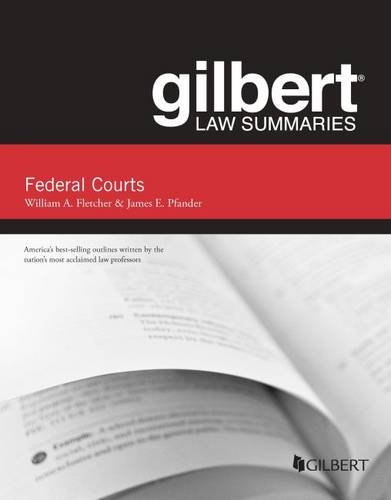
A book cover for Gilbert Law Summaries on Federal Courts; William Fletcher; Law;